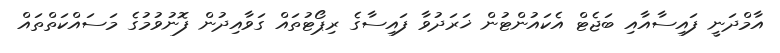
އާމްދަނީ ފައިސާއާއި ބަޖެޓް އެކައުންޓުން ޚަރަދުވާ ފައިސާގެ ރިޕޯޓުތައް ގަވާއިދުން ފޮނުވުމުގެ މަސައްކަތްތައް